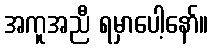
အကူအညီ ရမှာပေါ့နော်။